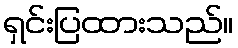
ရှင်းပြထားသည်။